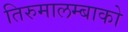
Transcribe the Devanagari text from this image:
तिरुमालम्बाको